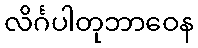
လိင်္ဂပါတုဘာဝေန